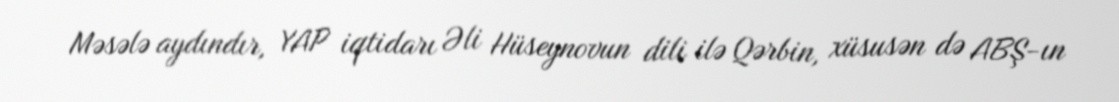
Məsələ aydındır, YAP iqtidarı Əli Hüseynovun dili ilə Qərbin, xüsusən də ABŞ-ın